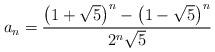
LaTeX: \begin{align*}a_{n}=\frac{\left( 1+\sqrt{5}\right) ^{n}-\left( 1-\sqrt{5}\right) ^{n}}{2^{n}\sqrt{5}} \end{align*}